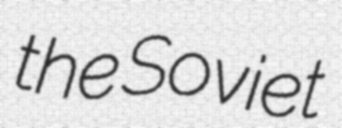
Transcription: the Soviet